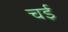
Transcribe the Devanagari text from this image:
चई